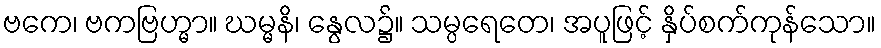
ဗကေ၊ ဗကဗြဟ္မာ။ ဃမ္မနိ၊ နွေလ၌။ သမ္ပရေတေ၊ အပူဖြင့် နှိပ်စက်ကုန်သော။